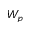
W _ { p }